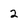
Character: 2